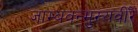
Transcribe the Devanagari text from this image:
जाम्बवन्मुख्यवीरै